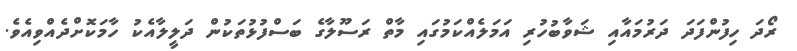
ރޯދަ ހިފުންފަދަ ދަރުމައާއި ޝަވާބުހުރި އަމަލެއްކަމުގައި މާތް ރަސޫލާގެ ބަސްފުޅުތަކުން ދަލީލާއެކު ހާމަކޮށްދެއްވިއެވެ.